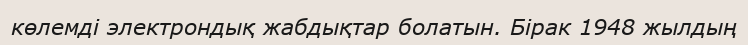
көлемді электрондық жабдықтар болатын. Бірак 1948 жылдың